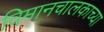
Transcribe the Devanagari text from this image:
विमानचालकाच्या